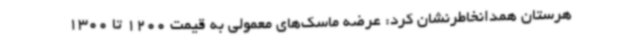
هرستان همدانخاطرنشان کرد: عرضه ماسک‌های معمولی به قیمت 1200 تا 1300